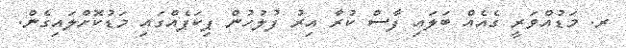
ރ. މަޑުއްވަރީ ގެއެއް ބަލައި ފާސް ކުރާ އިރު ފުލުހުން ޕިކަޕެއްގައި މަޑުކޮށްލައިގެން.